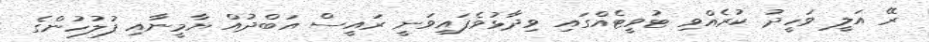
ރޭ އަލީ ވަހީދު ކުރެއްވި ޓުވީޓެއްގައި ވިދާޅުވެފައިވަނީ ރައީސް އަބްދުއް ޔާމީނާއި ފުލުހުންގެ